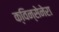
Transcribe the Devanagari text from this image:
क्विन्सेनेरा